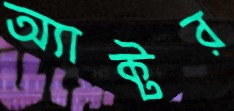
অ্যাক্টর